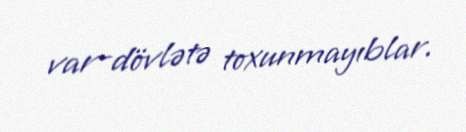
var-dövlətə toxunmayıblar.